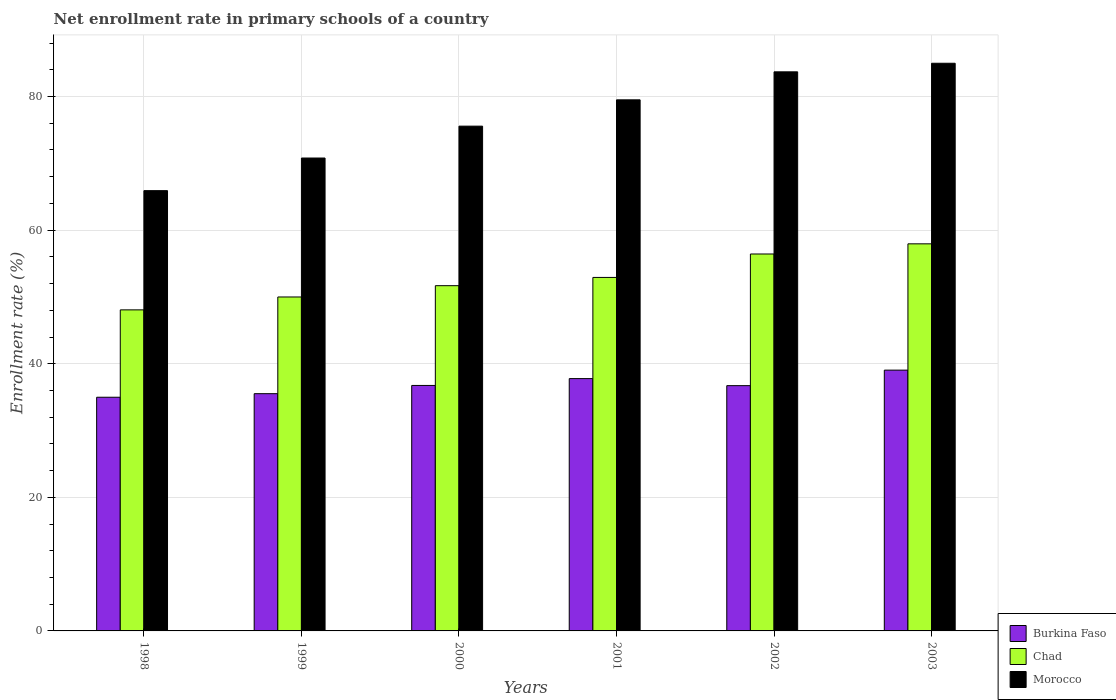
| Years | Burkina Faso | Chad | Morocco |
 | --- | --- | --- | --- |
 | 1998 | 35 | 48.1 | 65.9 |
 | 1999 | 35.5 | 50 | 70.8 |
 | 2000 | 36.7 | 51.7 | 75.6 |
 | 2001 | 37.8 | 52.9 | 79.5 |
 | 2002 | 36.7 | 56.4 | 83.7 |
 | 2003 | 39 | 57.9 | 85 |